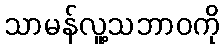
သာမန်လူ့သဘာဝကို